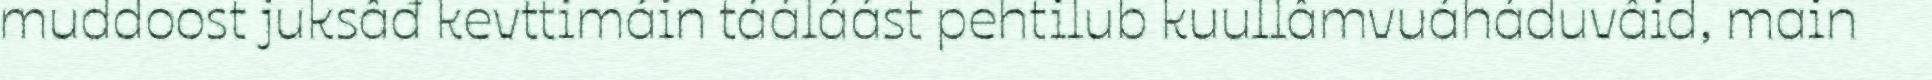
muddoost juksâđ kevttimáin tááláást pehtilub kuullâmvuáháduvâid, main